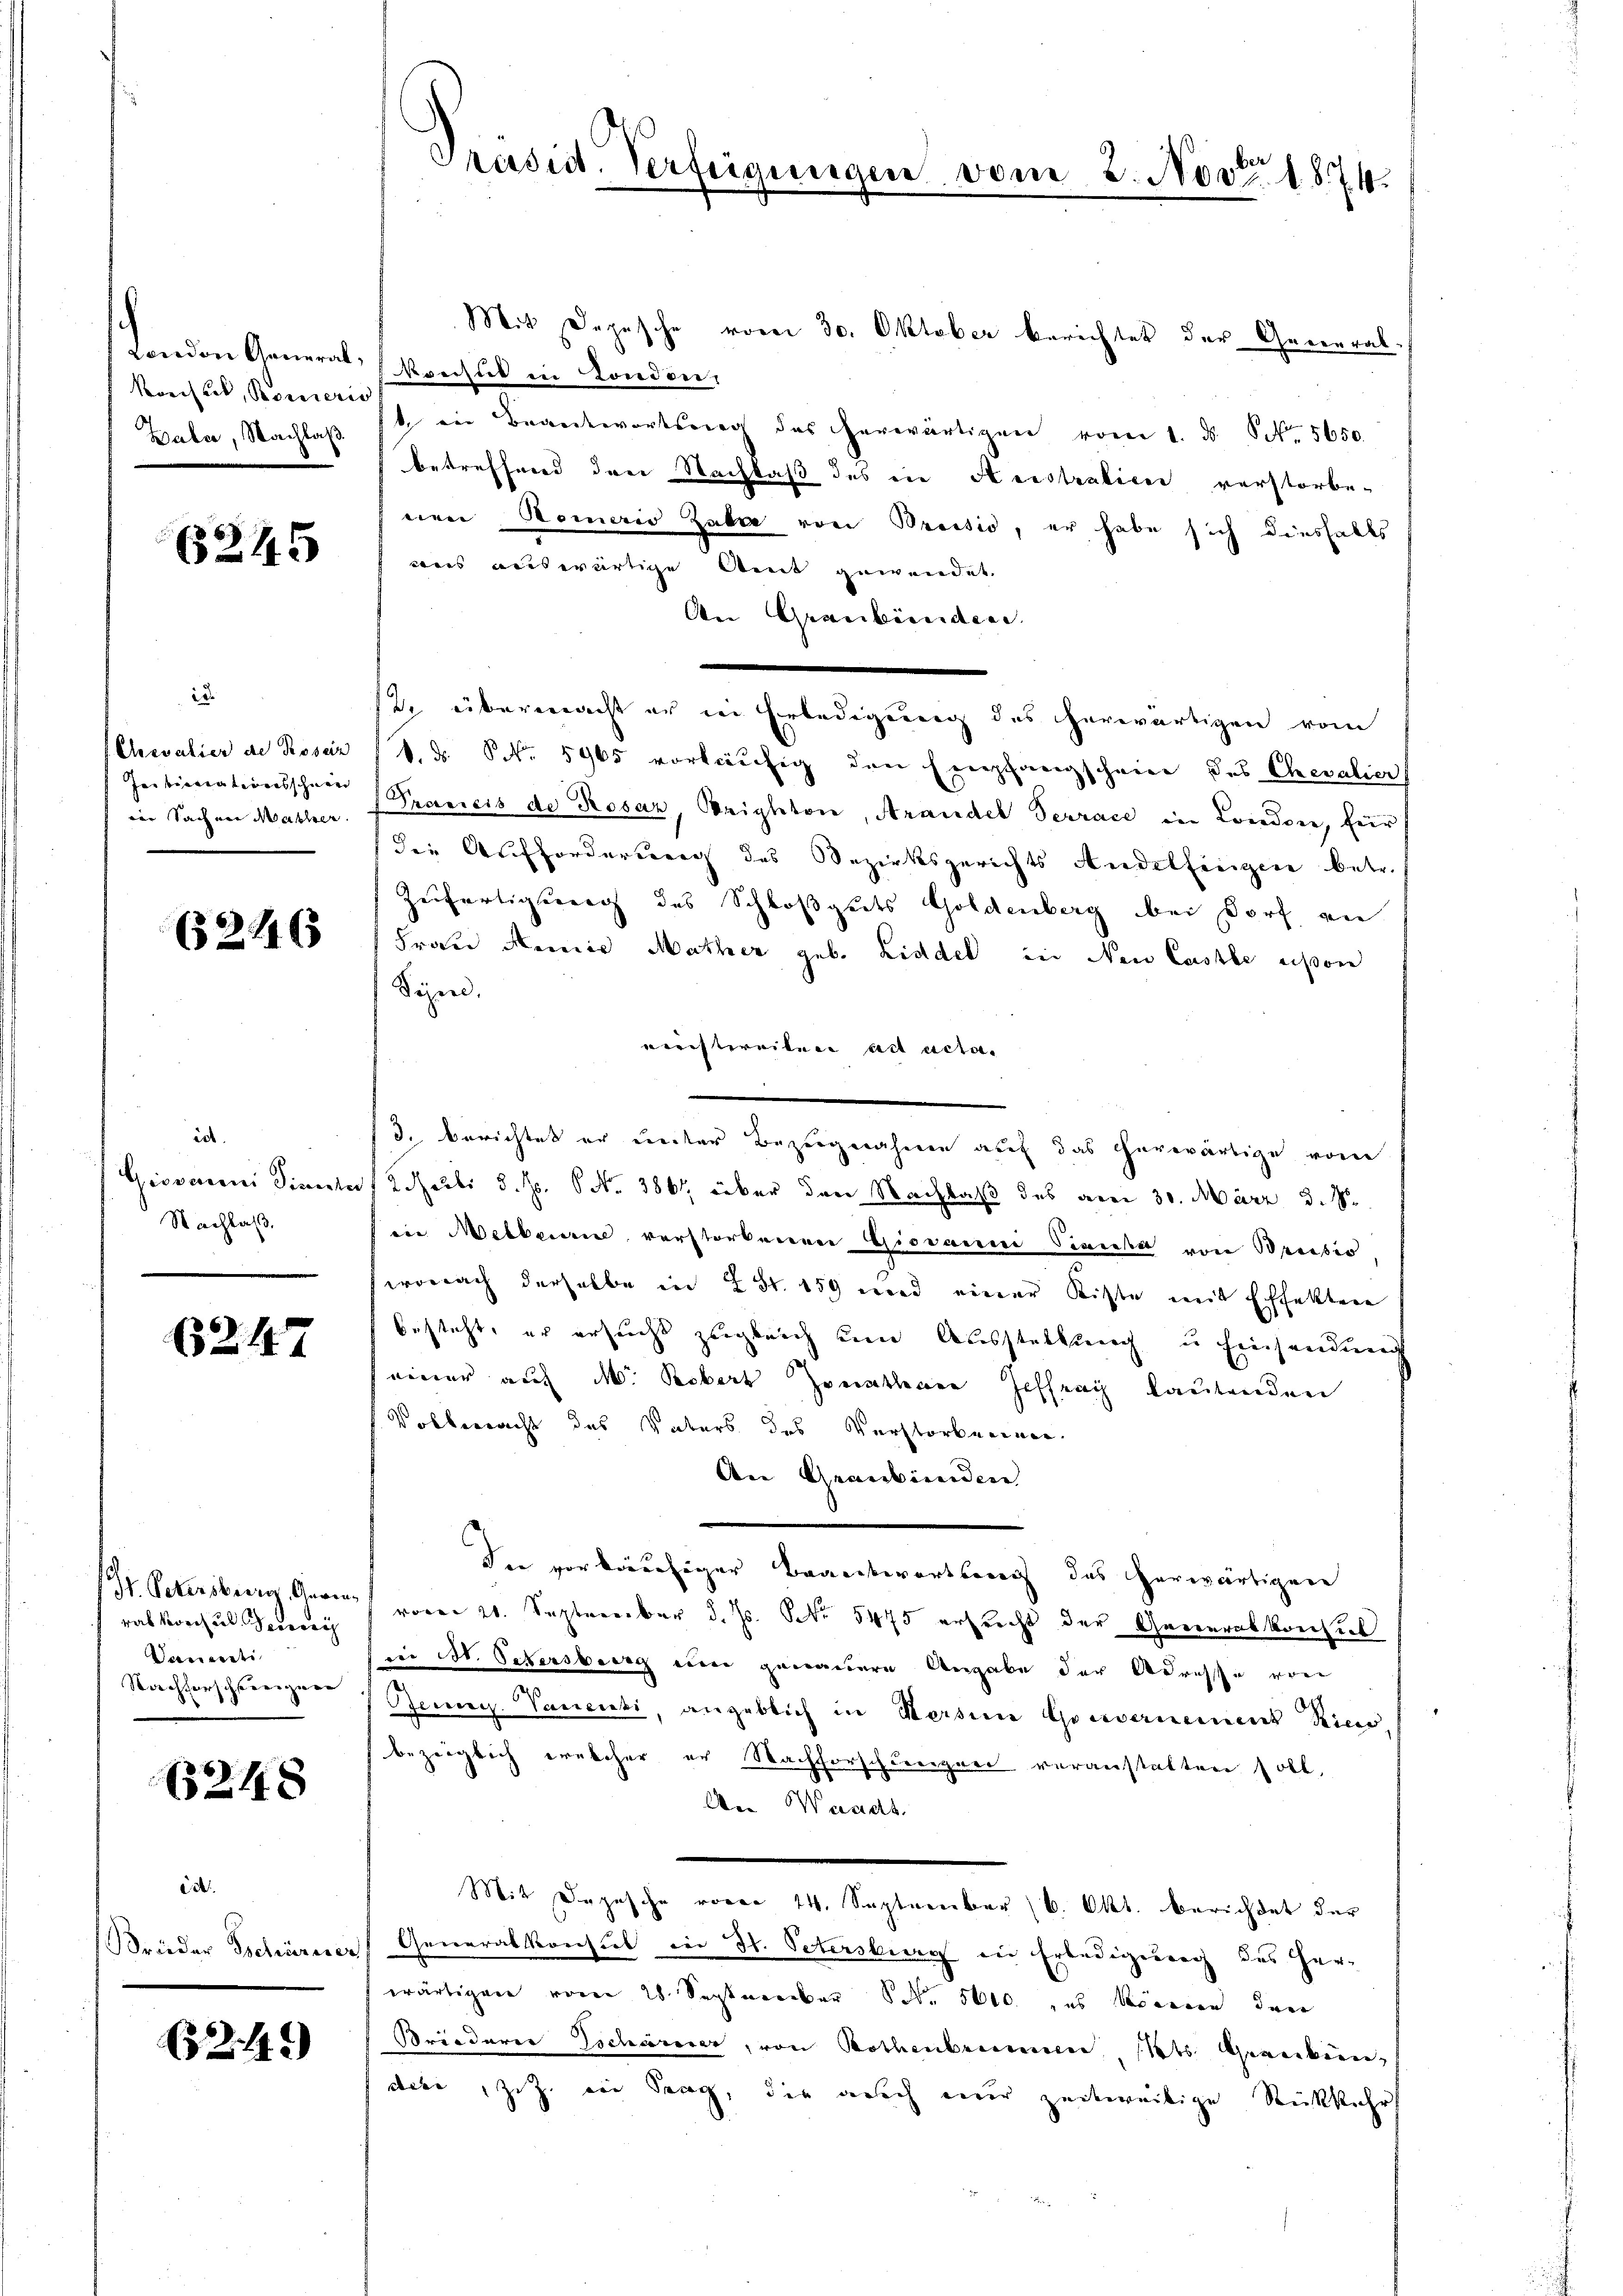
London Generath,
Krechtet, Boneris
Haber, Nachlaß

6245

ide
Arevatier de Prosein
Ientierenteresschneer
ier Sachnen Mather.

(2146

irt.
Giovanni Dienst
Nachlaß.

62. 147

Gr. Petersberg, Gewinrab vorthal. Geric
Danti
Nachforschherigen

248

det
räder Tschirerer

24.)

Präsid. Verfügungen vom 3. Nov. 1874.

Mit Depesche vom 30. Oktober berichtet der General
Resul in London.
 in Beantwortsweg des herwärtigen vom 1. ds. Otto. 5650
betreffend den Nachlaß des in Ausstralien verstorbe-
eien Komerio Zaber von Breisio, er habe sich diesfalls
wis auswärtige Amt gewendet
An Graubünden.
12. übermacht er in Erledigung des herwärtigen vom
1. d. S. 5965 vorträchig den Empfangscheine des Chevalier
Prancis de Rosaz, Brighton, Arandel Terrace in London, für
die Auffordersenach des Bezirksgerichts Andelfingen betr.
Zeifertigung des Schloßguts Goldenberg bei Dorf an
Frau Meines Mather geb. Liddel in Neu Casse disson
Sipe.
verstereiten ad acta.
3. berichtet er unter Bezugnahme auf das herwärtige vom
 Rosali d. Js. No 386, über den Nachlaß des aber 30. März d. M.
ii Melleine verstorbenen Giovanm Sinne von Brusio
wonach derselbe in 2 S. 159 und einer Kiste mit Effekten
besteht, er ersucht zugleich um Ausstellung u Einsendung
einer auf M. Robers Jonathene Geffray lautenden
Volberracht des Vaters des Verstorbenen.
An Graubünden
In vorläufiger Beantwortsweg des herwärtigen
voren 21. September d. Js. Nr. 5475 ersrecht der Generalkonsul
iie M. Petersburg um genauere Angabe der Adresse von
Seien. Vanenti, angeblich in Mersen Gouvernement Rie
bezüglich welcher er Nachforschbergari veranstalten soll,
An Waadt.
Mit Depesche vom 14. September (6. Okt. berichtet der
Generalkonsul in St. Petersburg in Erledigung des Herwärtigen vom 28. September No. 5000. es können den
Briederer Tscharner, von Rothenbrunnen Kts. Granken-
dere, zit. in Trag, die auch einer zeitweilige Rückkehr